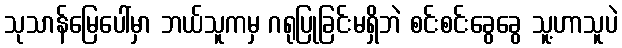
သုသာန်မြေပေါ်မှာ ဘယ်သူကမှ ဂရုပြုခြင်းမရှိဘဲ စင်းစင်းခွေခွေ သူ့ဟာသူပဲ